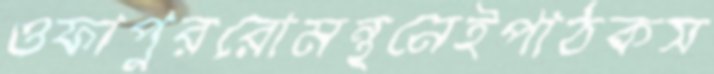
ওফাপুররোমন্থনেইপাঠকস